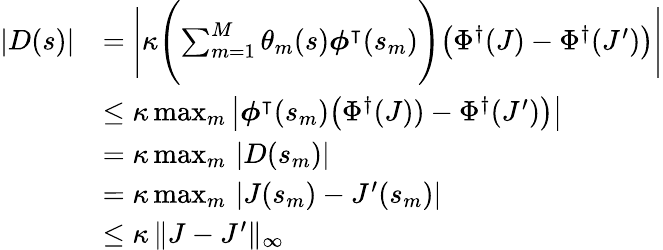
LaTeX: \begin{array}{rl}{|D(s)|}&{=\Biggl|\kappa\Biggl(\sum_{m=1}^{M}\theta_{m}(s)\boldsymbol{\phi}^{\intercal}(s_{m})\Biggr)\bigl(\Phi^{\dagger}(J)-\Phi^{\dagger}(J^{\prime})\bigr)\Biggr|}\\ &{\leq\kappa\operatorname*{max}_{m}\, \bigl|\boldsymbol{\phi}^{\intercal}(s_{m})\bigl(\Phi^{\dagger}(J))-\Phi^{\dagger}(J^{\prime})\bigr)\bigr|}\\ &{=\kappa\operatorname*{max}_{m}\, |D(s_{m})|}\\ &{=\kappa\operatorname*{max}_{m}\, |J(s_{m})-J^{\prime}(s_{m})|}\\ &{\leq\kappa\, \| J-J^{\prime}\| _{\infty}}\end{array}